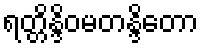
ရတ္တိန္ဒိဝမတန္ဒိတော